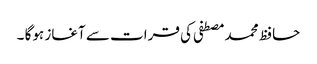
حافظ محمد مصطفی کی قرات سے آغاز ہوگا ۔